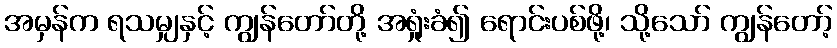
အမှန်က ရသမျှနှင့် ကျွန်တော်တို့ အရှုံးခံ၍ ရောင်းပစ်ဖို့၊ သို့သော် ကျွန်တော့်